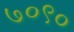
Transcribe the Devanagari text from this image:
७०९०